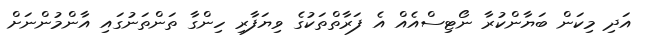
އަދި މިކަން ބަޔާންކުރާ ނޯޓިސްއެއް އެ ފަރާތްތަކުގެ ވިޔަފާރި ހިންގާ ތަންތަނުގައި އާންމުންނަށް